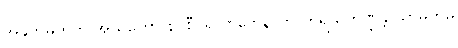
အနုကမ္ပတူတိ အဃတော နဝစီဝရလာဘေနာတိ တူရိယဘဏ္ဍန္တိ သာမိကမ္ပိ